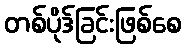
တစ်ပိုဒ်ခြင်းဖြစ်စေ